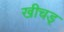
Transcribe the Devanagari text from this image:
खीचड्